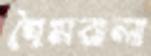
হৈমবালা